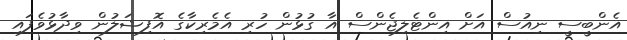
އެންބީސީ ނިއުސް އަށް އިންޓެލިޖެންސް އާ ގުޅުން ހުރި އެމެރިކާގެ އޮފިޝަލުން ވިދާޅުވެފައި